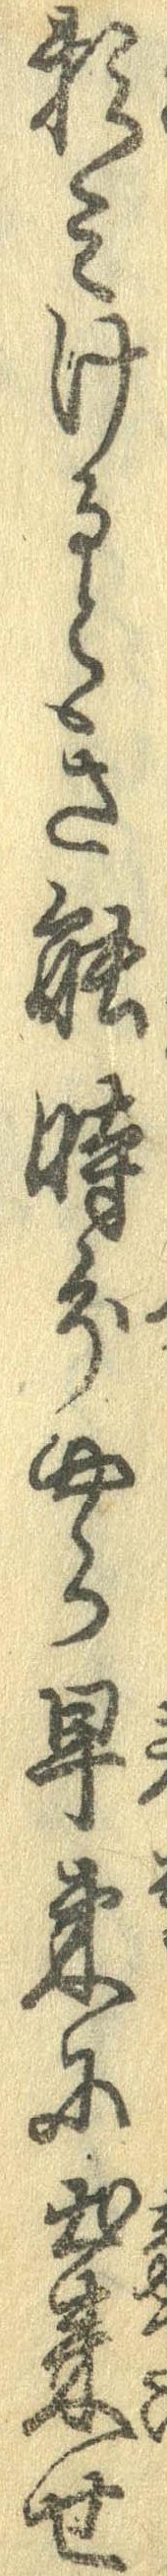
頼みけるとき能時分やら早束に出来せ